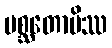
ပစ္ဆတောပိဿ